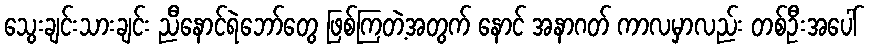
သွေးချင်းသားချင်း ညီနောင်ရဲဘော်တွေ ဖြစ်ကြတဲ့အတွက် နောင် အနာဂတ် ကာလမှာလည်း တစ်ဦးအပေါ်